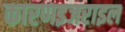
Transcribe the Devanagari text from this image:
कारणइजराइल